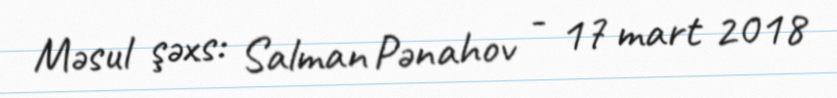
Məsul şəxs: Salman Pənahov - 17 mart 2018